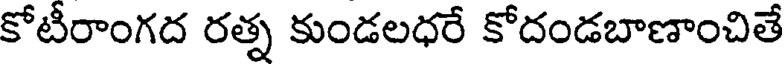
కోటీరాంగద రత్న కుండలధరే కోదండబాణాంచితే